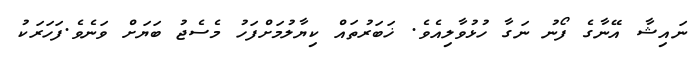
ނައިޝާ އޭނާގެ ފޯނު ނަގާ ހުޅުވާލިއެވެ. ޚަބަރުތައް ކިޔާލުމަށްފަހު މެސެޖު ބަޔަށް ވަނެވެ.ފަހަރަކު